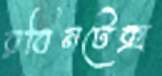
রবিনটেক্স